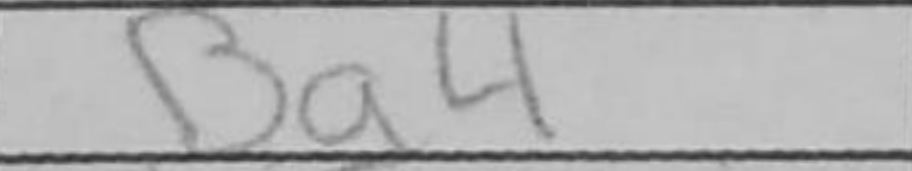
Transcription: Ba4